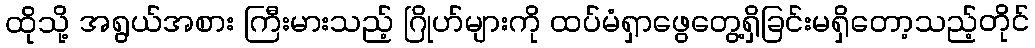
ထိုသို့ အရွယ်အစား ကြီးမားသည့် ဂြိုဟ်များကို ထပ်မံရှာဖွေတွေ့ရှိခြင်းမရှိတော့သည့်တိုင်